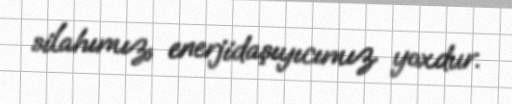
silahımız, enerjidaşıyıcımız yoxdur.